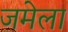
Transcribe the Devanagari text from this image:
जमेला